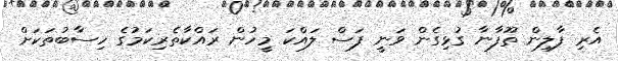
އެރި ފާލިން ތޫފާނާ ގުޅިގެން ވަނީ ފަސް ލައްކަ މީހުން ރައްކާތެރިކަމުގެ ހިސާބުތަކަށް